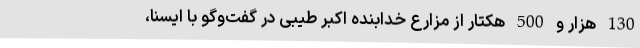
130 هزار و 500 هکتار از مزارع خدابنده اکبر طیبی در گفت‌وگو با ایسنا،